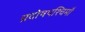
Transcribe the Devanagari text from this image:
प्रदोषपश्चिमौ